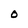
Character: O